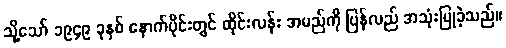
သို့သော် ၁၉၄၉ ခုနှစ် နောက်ပိုင်းတွင် ထိုင်းလန်း အမည်ကို ပြန်လည် အသုံးပြုခဲ့သည်။